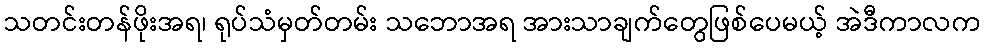
သတင်းတန်ဖိုးအရ၊ ရုပ်သံမှတ်တမ်း သဘောအရ အားသာချက်တွေဖြစ်ပေမယ့် အဲဒီကာလက